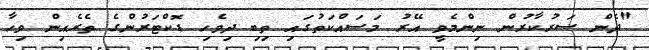
"ދެން ސަރުކާރުން ނިންމެވީ އޭރު މަސައްކަތުގައި ތިބި ދިވެހި ޑޮކްޓަރުންގެ ތެރެއިން ވިހާ